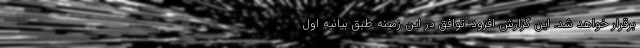
برقرار خواهد شد. این گزارش افزود: توافق در این زمینه طبق بیانیه اول